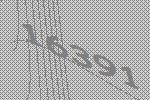
16391